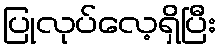
ပြုလုပ်လေ့ရှိပြီး